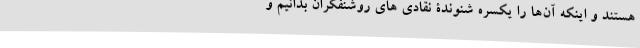
هستند و اینکه آن‌ها را یکسره شنوندۀ نقادی های روشنفکران بدانیم و